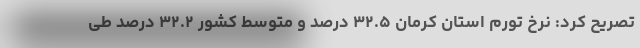
تصریح کرد: نرخ تورم استان کرمان ۳۲.۵ درصد و متوسط کشور ۳۲.۲ درصد طی